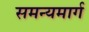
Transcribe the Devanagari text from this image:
समन्यमार्ग